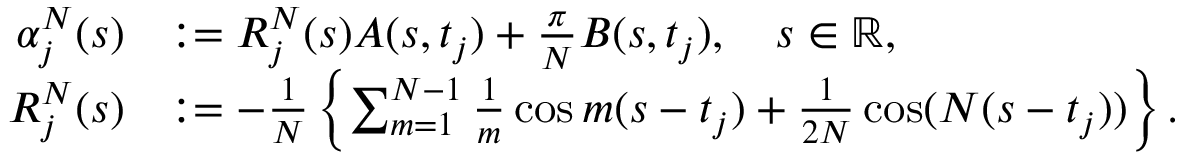
\begin{array} { r l } { \alpha _ { j } ^ { N } ( s ) } & { : = R _ { j } ^ { N } ( s ) A ( s , t _ { j } ) + \frac { \pi } { N } B ( s , t _ { j } ) , \quad s \in \mathbb { R } , } \\ { R _ { j } ^ { N } ( s ) } & { : = - \frac { 1 } { N } \left\{ \sum _ { m = 1 } ^ { N - 1 } \frac { 1 } { m } \cos m ( s - t _ { j } ) + \frac { 1 } { 2 N } \cos ( N ( s - t _ { j } ) ) \right\} . } \end{array}